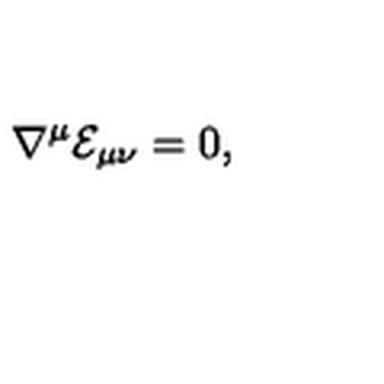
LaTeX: \nabla ^ { \mu } { \cal E } _ { \mu \nu } = 0 ,